Distribution and causation of leprosy in British India
Year: 1875
Disease focus: Leprosy
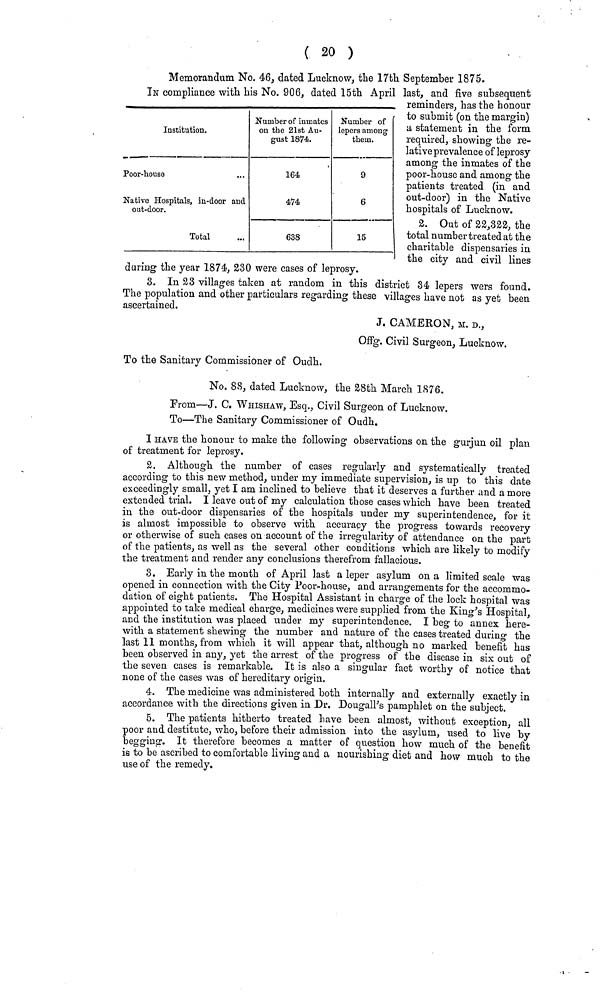
( 20 )
Memorandum No. 46, dated Lucknow, the 17th September 1875.
IN compliance with his No. 906, dated 15th April last, and five subsequent
reminders, has the honour
to submit (on the margin)
& statement in the form
required, showing- the re-
lative prevalence of leprosy
among the inmates of the
poor-house and among the
patients treated (in and
out-door) in the Native
hospitals of Lucknow.
2. Out of 32,322, the
total number treated at the
charitable dispensaries in
the city and civil lines
daring the year 1874, 230 were cases of leprosy.
3. In 23 villages taken at random in this district 34 lepers wers found.
The population and other particulars regarding these villages have not as yet been
ascertained.
Institution.
Poor-house
Native Hospitals, in-door and
out-door.
Total
Number of inmates
on the 21st Au-
gust 1874.
164
474
638
Number of
lepers among
them.
9
6
15
J, CAMERON, M. D.,
Offg. Civil Surgeon, Lucknow.
To the Sanitary Commissioner of Oudh.
No. 88, dated Lucknow, the 28th March 1876.
From—J. C. WHISHAW, Esq., Civil Surgeon of Lucknow.
To—The Sanitary Commissioner of Oudh.
I HAVE the honour to make the following observations on the gurjun oil plan
of treatment for leprosy.
2. Although the number of cases regularly and systematically treated
according to this new method, under my immediate supervision, is up to this date
exceedingly small, yet I am inclined to believe that it deserves a further and a more
extended trial. I leave out of my calculation those cases which have been treated
in the out-door dispensaries of the hospitals under nay superintendence, for it
is almost impossible to observe with accuracy the progress towards recovery
or otherwise of such cases on account of the irregularity of attendance on the part
of the patients, as well as the several other conditions which are likely to modify
the treatment and render any conclusions therefrom fallacious.
3. Early in the month of April last a leper asylum on a limited scale was
opened in connection with the City Poor-house, and arrangements for the accommo-
dation of eight patients. The Hospital Assistant in charge of the lock hospital was
appointed to take medical charge, medicines were supplied from the King's Hospital,
and the institution was placed under my superintendence. I beg to annex here-
with a statement shewing the number and nature of the cases treated during the
last 11 months, from which it will appear that, although no marked benefit has
been observed in any, yet the arrest of the progress of the disease in six out of
the seven cases is remarkable. It is also a singular fact worthy of notice that
none of the Cases was of hereditary origin.
4. The medicine was administered both internally and externally exactly in
accordance with the directions given in Dr. Dougall's pamphlet on the subject.
5. The patients hitherto treated have been almost, without exception, all
poor and destitute, who, before their admission into the asylum, used to live by
begging. It therefore becomes a matter of question how much of the benefit
is to be ascribed to comfortable living and a nourishing diet and how much to the
use of the remedy.